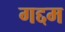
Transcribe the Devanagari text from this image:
गद्दम